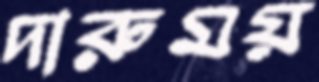
দারুময়